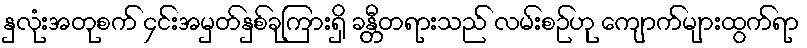
နှလုံးအတုစက် ၄င်းအမှတ်နှစ်ခုကြားရှိ ခန္တီတရားသည် လမ်းစဉ်ဟု ကျောက်များထွက်ရာ